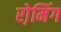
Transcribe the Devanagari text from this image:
रो़मिंग